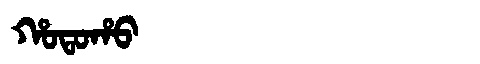
Manchu: ᡥᠣᡨᠣᡥᠣ
Romanization: HOTOHO